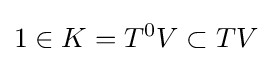
1\in K=T^{0}V\subset TV